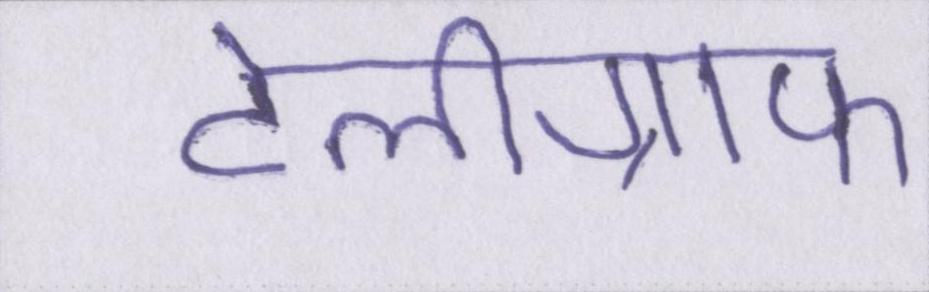
टेलीग्राफ